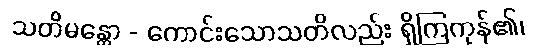
သတိမန္တော - ကောင်းသောသတိလည်း ရှိကြကုန်၏၊